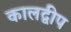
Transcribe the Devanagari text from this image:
कालद्वीप